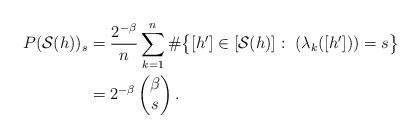
LaTeX: \begin{align*}P(\mathcal S(h))_s &= \frac{2^{-\beta}}{n} \sum_{k=1}^{n} \#\big\{ [h'] \in \left[\mathcal S(h)\right]: \ (\lambda_k([h'])) = s \big\}\\&= 2^{-\beta} \left( \begin{matrix} \beta \\ s \end{matrix} \right).\end{align*}